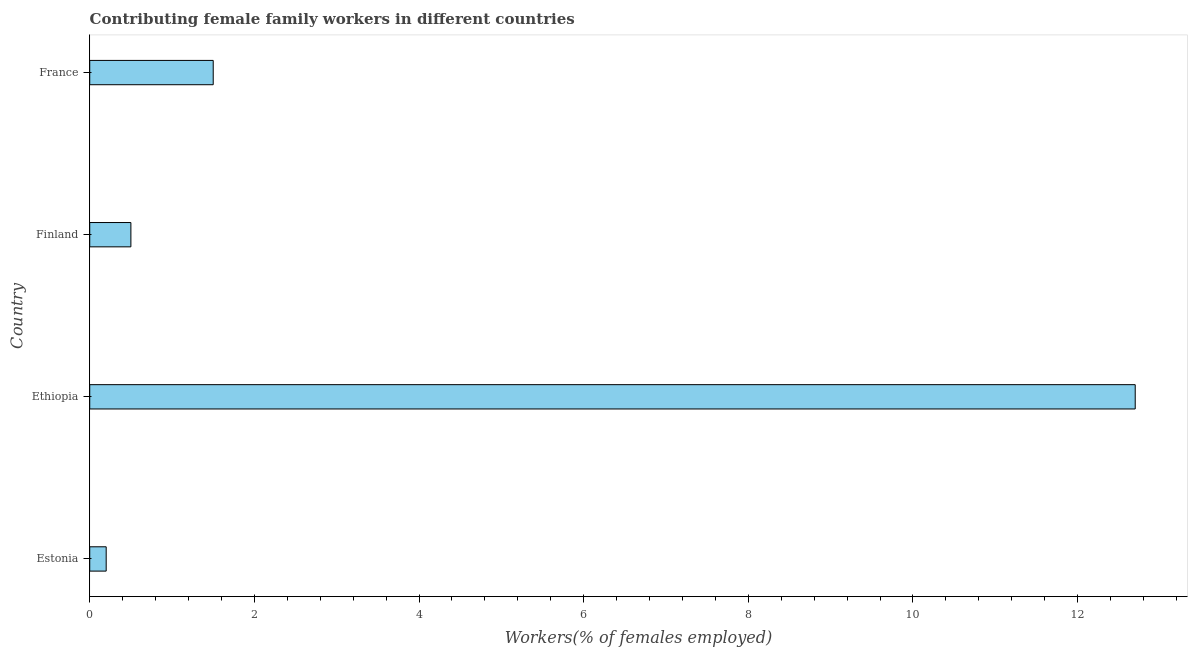
| Country | Contributing family workers |
 | --- | --- |
 | Estonia | 0.2 |
 | Ethiopia | 12.7 |
 | Finland | 0.5 |
 | France | 1.5 |